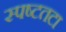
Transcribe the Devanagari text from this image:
स्पष्टतटा